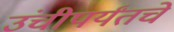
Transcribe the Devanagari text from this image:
उंचीपर्यंतचे